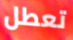
تعطل